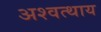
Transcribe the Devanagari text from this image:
अश्वत्थाय